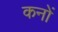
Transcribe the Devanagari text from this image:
कनों